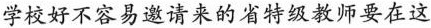
学校好不容易邀请来的省特级教师要在这